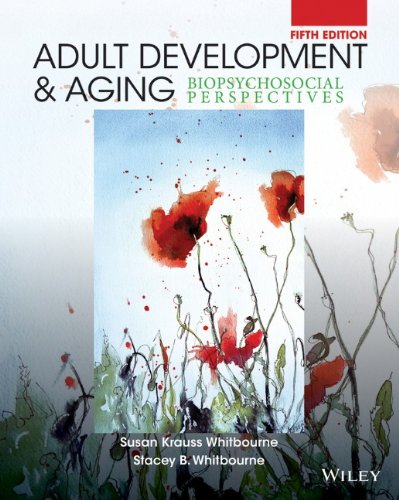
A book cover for Adult Development and Aging: Biopsychosocial Perspectives; Susan Krauss Whitbourne; Health, Fitness & Dieting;